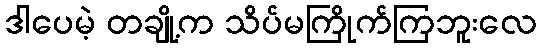
ဒါပေမဲ့ တချို့က သိပ်မကြိုက်ကြဘူးလေ